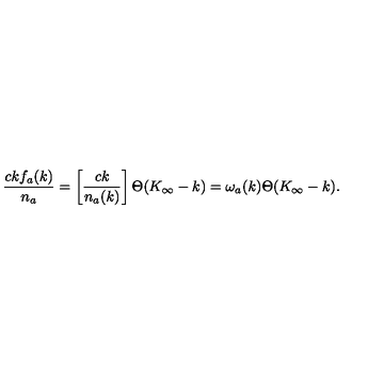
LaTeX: { \frac { c k f _ { a } ( k ) } { n _ { a } } } = \left[ { \frac { c k } { n _ { a } ( k ) } } \right] \Theta ( K _ { \infty } - k ) = \omega _ { a } ( k ) \Theta ( K _ { \infty } - k ) .